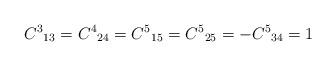
LaTeX: \begin{align*}{C^3}_{13}={C^4}_{24}={C^5}_{15}={C^5}_{25}=-{C^5}_{34}=1\end{align*}